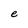
Character: e